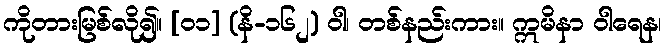
ကိုတားမြစ်လို၍။ [၀၁] (နိ-၁၆၂) ဝါ၊ တစ်နည်းကား။ ဣမိနာ ဝါရေန၊